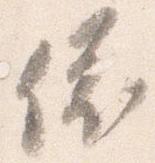
依